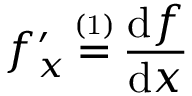
f _ { x } ^ { \prime } \, { \overset { \underset { \mathrm { ( 1 ) } } { } } { = } } \, { \frac { \operatorname { d } \! f } { \operatorname { d } \! x } }